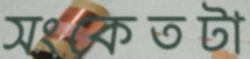
সংকেতটা